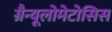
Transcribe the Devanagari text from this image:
ग्रैन्यूलोमेटोसिस